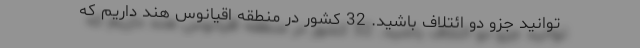
توانید جزو دو ائتلاف باشید. 32 کشور در منطقه اقیانوس هند داریم که